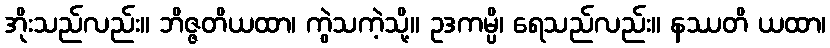
အိုးသည်လည်း။ ဘိဇ္ဇတိယထာ၊ ကွဲသကဲ့သို့။ ဥဒကမ္ပိ၊ ရေသည်လည်း။ နဿတိ ယထာ၊